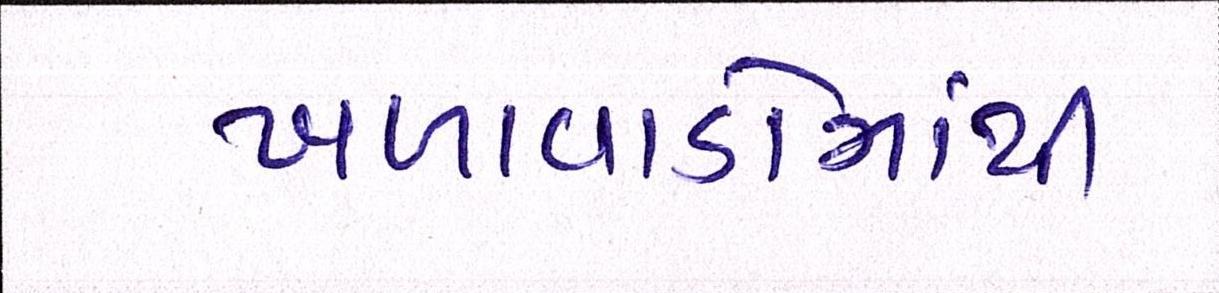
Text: ખળાવાડોમાંથી